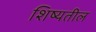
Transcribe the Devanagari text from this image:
शिष्यतील